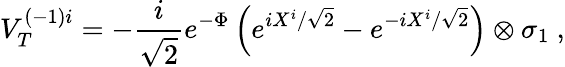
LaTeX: V_{T}^{(-1)i}=-\frac{i}{\sqrt{2}}e^{-\Phi}\left(e^{iX^{i}/\sqrt{2}}-e^{-iX^{i}/\sqrt{2}}\right)\otimes\sigma_{1}\ ,